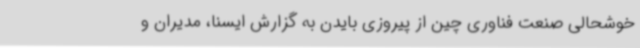
خوشحالی صنعت فناوری چین از پیروزی بایدن به گزارش ایسنا، مدیران و